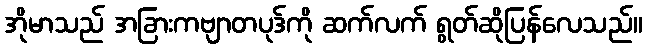
အိုမာသည် အခြားကဗျာတပုဒ်ကို ဆက်လက် ရွတ်ဆိုပြန်လေသည်။